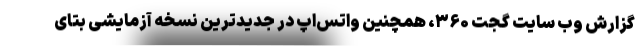
گزارش وب سایت گجت ۳۶۰، همچنین واتس‌اپ در جدیدترین نسخه آزمایشی بتای